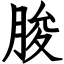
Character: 脧